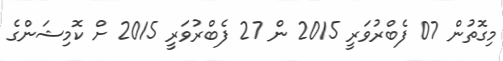
މިގޮތުން 07 ފެބްރުވަރީ 2015 ން 27 ފެބްރުވަރީ 2015 ށް ކޮމިޝަންގެ